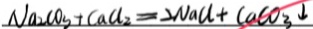
N a _ { 2 } C O _ { 3 } + C a C l _ { 2 } = 2 N a C l + C a C O _ { 3 } \downarrow